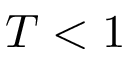
T < 1